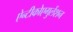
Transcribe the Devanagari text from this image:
ऐन्टीकोएगुलेंशन